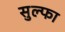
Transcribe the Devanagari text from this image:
सुल्फा